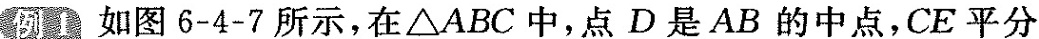
例1 如图6-4-7所示，在△ABC中，点D是AB的中点，CE平分